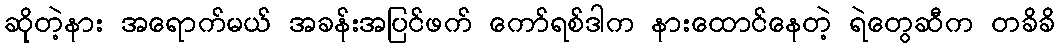
ဆိုတဲ့နား အရောက်မယ် အခန်းအပြင်ဖက် ကော်ရစ်ဒါက နားထောင်နေတဲ့ ရဲတွေဆီက တခိခိ